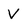
Character: V